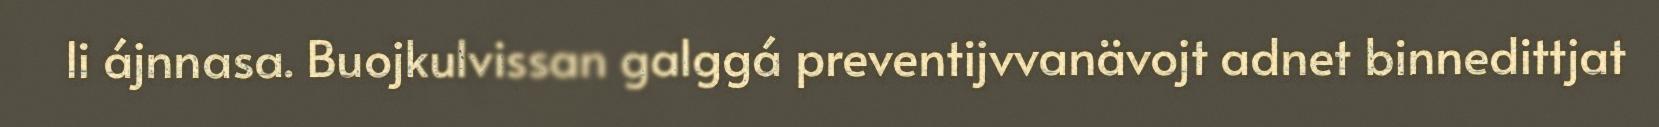
li ájnnasa. Buojkulvissan galggá preventijvvanävojt adnet binnedittjat